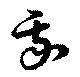
我